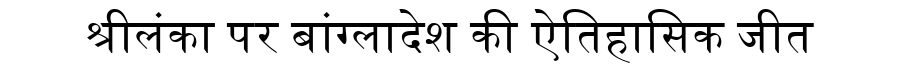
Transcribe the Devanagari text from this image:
श्रीलंका पर बांग्लादेश की ऐतिहासिक जीत